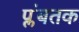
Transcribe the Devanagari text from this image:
प्लंबतक